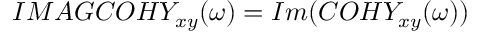
I M A G C O H Y _ { x y } ( \omega ) = I m ( C O H Y _ { x y } ( \omega ) )